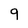
Character: 9